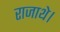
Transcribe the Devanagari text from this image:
राजाथे।